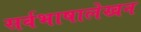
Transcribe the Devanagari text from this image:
सर्वभाषालेखन